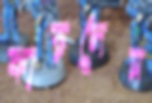
কাড়লেন